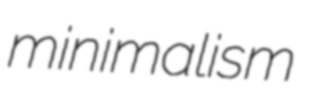
minimalism